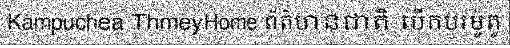
Kampuchea ThmeyHome ព័ត៌មានជាតិ បើកបរម៉ូតូ